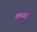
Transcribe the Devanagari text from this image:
क़ब्जा़